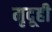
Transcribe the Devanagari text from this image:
मृदूही